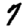
Digit: 7